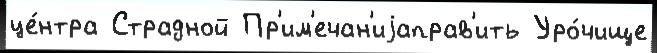
це́нтра Страдной Пр'им'ечан'иjаправ'ить Уро́чище